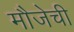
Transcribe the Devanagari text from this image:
मौजेची